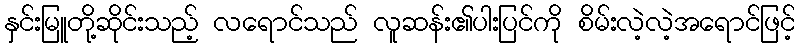
နှင်းမြူတို့ဆိုင်းသည့် လရောင်သည် လူဆန်း၏ပါးပြင်ကို စိမ်းလဲ့လဲ့အရောင်ဖြင့်